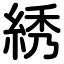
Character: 綉